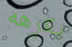
يكرهه